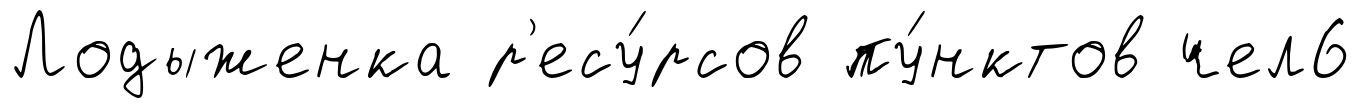
Лодыженка р'есу́рсов пу́нктов чел6